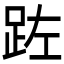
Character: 𮛏